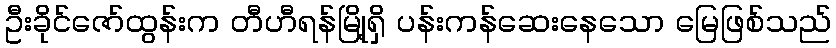
ဦးခိုင်ဇော်ထွန်းက တီဟီရန်မြို့ရှိ ပန်းကန်ဆေးနေသော မြေဖြစ်သည်